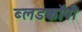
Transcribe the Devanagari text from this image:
ब्लडकॉपी